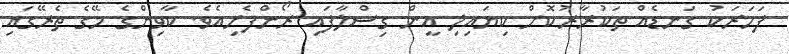
ފަހަރަކު ގަނޑެއް ތަކުރާރުކޮށް ކިޔައިލި އީން ގިސްލާފައި ރޯންފެށިއެވެ. ކާވިންގެ މޭގެ ތެރޭގައި